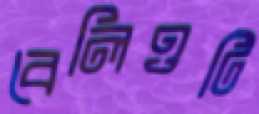
বেলিওটি